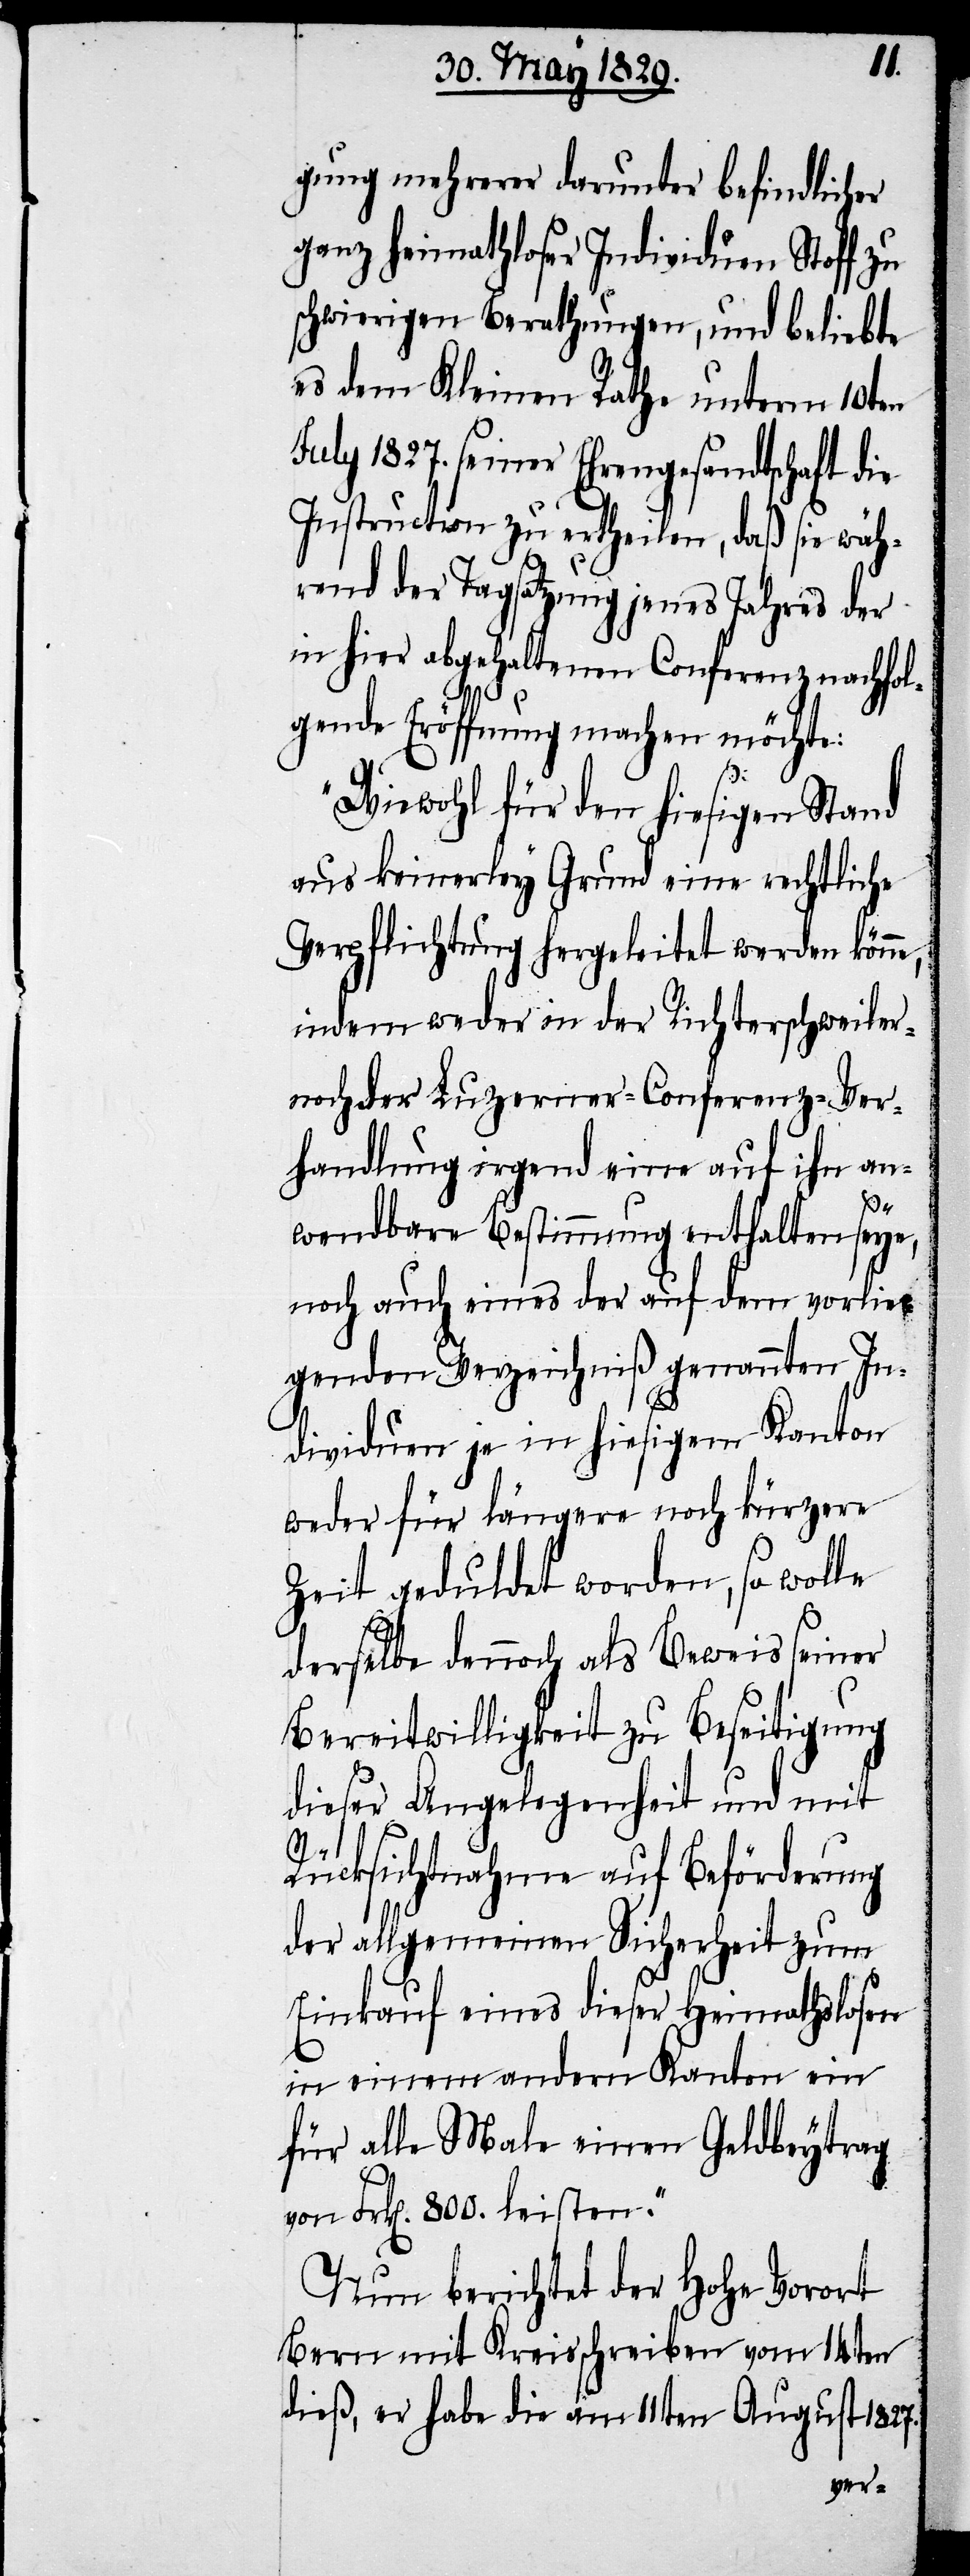
gung mehrerer darunter befindlicher
ganz heimathloser Individuen Stoff zu
schwierigen Berathungen, und beliebte
es dem Kleinen Rathe unterm 10ten
July 1827. seiner Ehrengesandtschaft die
Instruction zu ertheilen, daß sie wäh¬
rend der Tagsatzung jenes Jahres der
in hier abgehaltenen Conferenz nachfol¬
gende Eröffnung machen möchte:
„Wiewohl für den hiesigen Stand
aus keinerley Grund eine rechtliche
Verpflichtung hergeleitet werden könne,
indem weder in der Richterschweiler-
noch der Luzerner-Conferenz-Ver¬
handlung irgend eine auf ihn an¬
wendbare Bestimmung enthalten seye,
noch auch eines der auf dem vorlie¬
genden Verzeichniß genannten In¬
dividuen je in hiesigem Kanton
weder für längere noch kürzere
Zeit geduldet worden, so wolle
derselbe dennoch als Beweis seiner
Bereitwilligkeit zu Beseitigung
dieser Angelegenheiten und mit
Rücksichtnahme auf Beförderung
der allgemeinen Sicherheit zum
Einkauf eines dieser Heimathlosen
in einem andern Kanton ein
für alle Male einen Geldbeytrag
von Frk[en]. 800. leisten.“
Nun berichtet der Hohe Vorort
Bern mit Kreisschreiben vom 14ten
dieß, er habe die am 11ten August 1827.